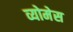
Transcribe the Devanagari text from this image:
व्योमेस